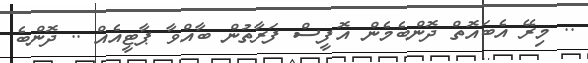
.. މިރޭ އެބައޮތް ދޮންބެމެން އޮފީސް ފަރާތުން ބާއްވާ ޕާޓީއެއް .. ދޮންބެ